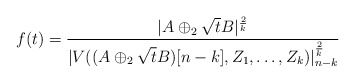
\begin{align*}f(t)=\frac{|A\oplus_2 \sqrt{t}B|^{\frac{2}{k}}}{|V((A \oplus_2 \sqrt{t}B)[n-k],Z_1, \dots, Z_k)|^{\frac{2}{k}}_{n-k}}\end{align*}